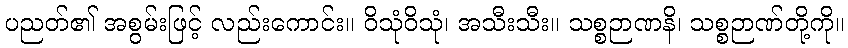
ပညတ်၏ အစွမ်းဖြင့် လည်းကောင်း။ ဝိသုံဝိသုံ၊ အသီးသီး။ သစ္စဉာဏနိ၊ သစ္စဉာဏ်တို့ကို။